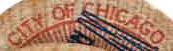
CITY OF CHICAGO